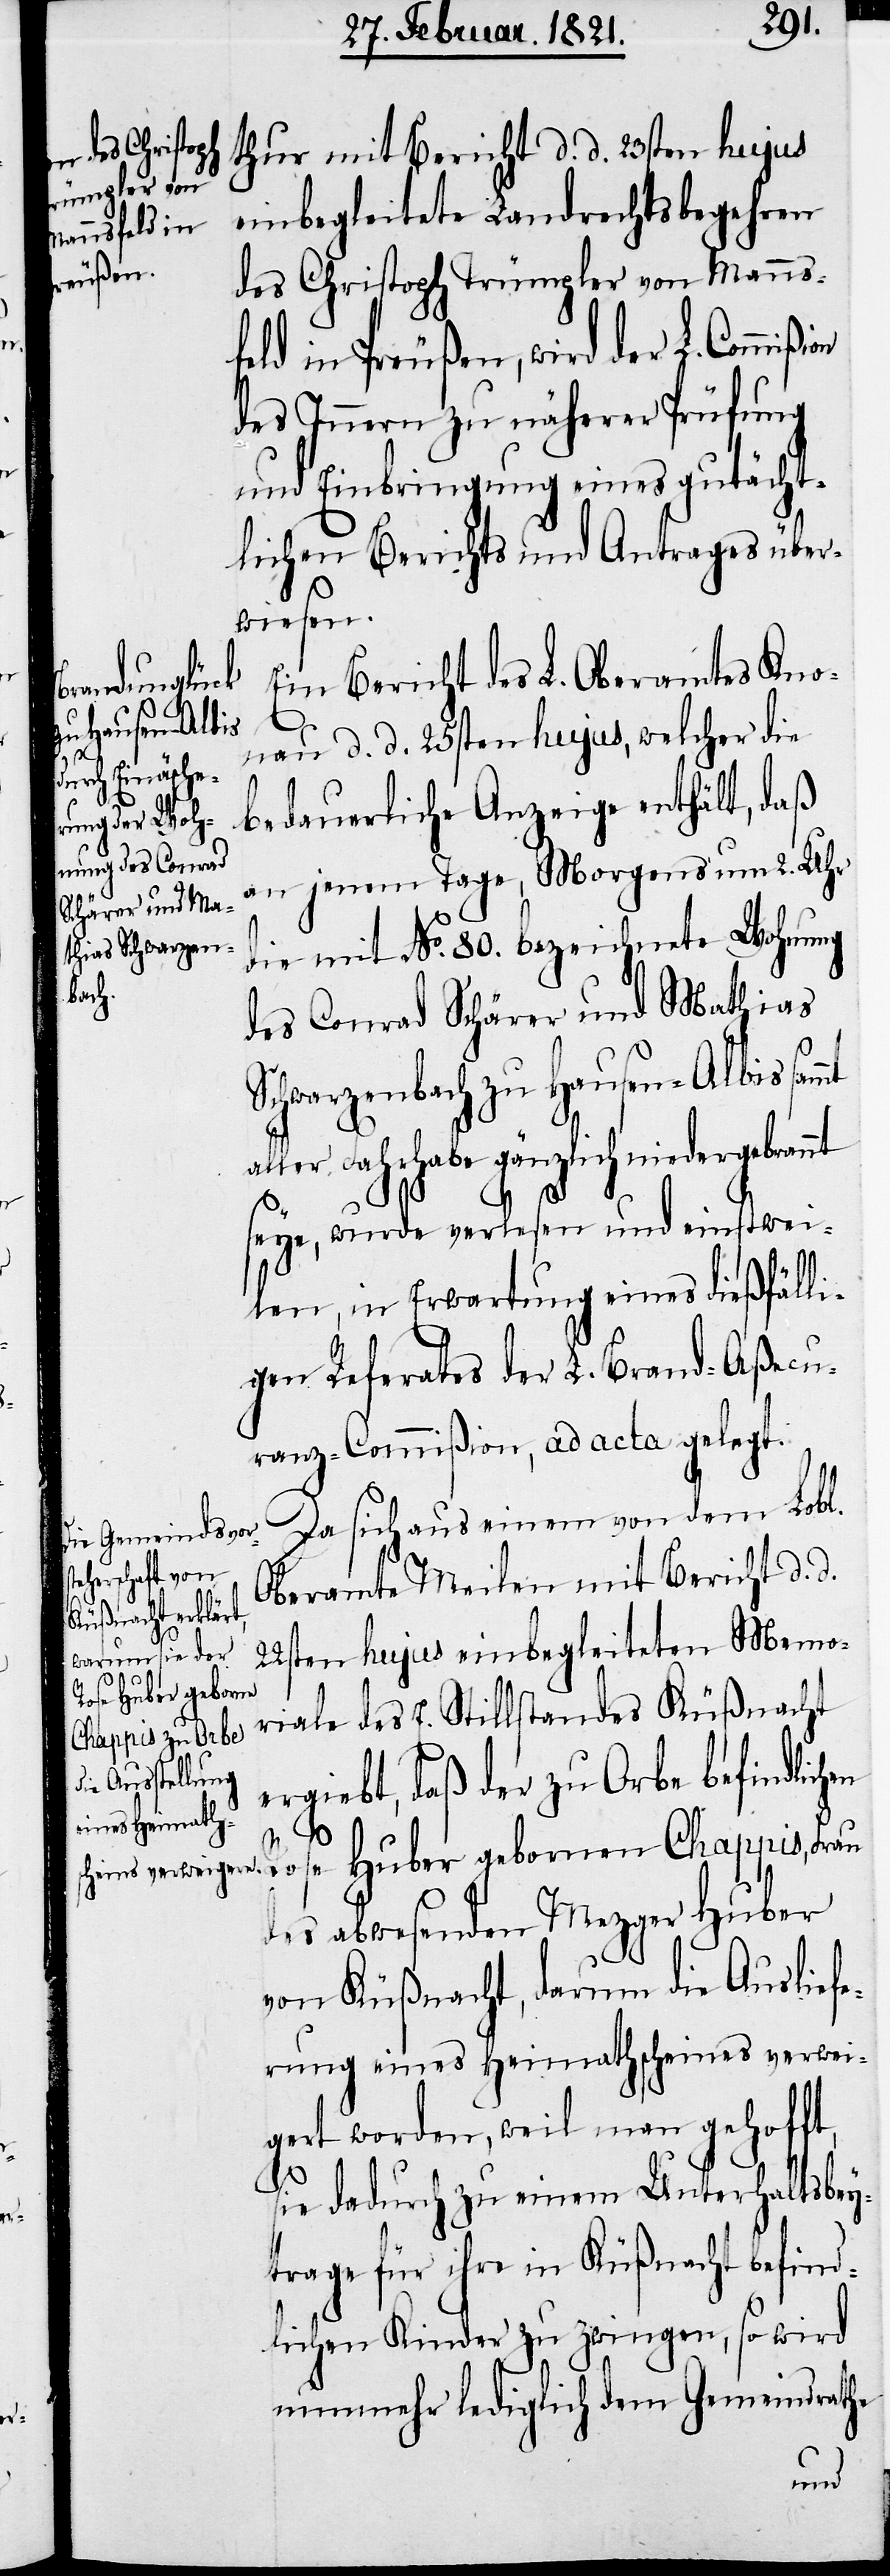
thur mit Bericht d. d. 23sten hujus
einbegleitete Landrechtsbegehren
mmißion
des Christoph Trümpler von Manns¬
feld in Preußen, wird der L. Co¬
des Innern zu näherer Prüfung
und Einbringung eines gutächt¬
lichen Berichts und Antrages über¬
wiesen.
Ein Bericht des L. Oberamtes Kno¬
nau d. d. 25ten hujus, welcher die
bedauerliche Anzeige enthält, daß
an jenem Tage, Morgens um 2. Uhr
die mit No. 80. bezeichnete Wohnung
des Conrad Schärer und Mathias
Schwarzenbach zu Hausen-Albis sammt
aller Fahrhabe gänzlich niedergebrannt
seye, wurde verlesen und einstwei¬
len, in Erwartung eines dießfälli¬
gen Referates der L. Brand-Aßecu¬
ranz-Commißion, ad acta gelegt.
Da sich aus einem von dem Lobl.
Oberamte Meilen mit Bericht d. d.
22ten hujus einbegleiteten Memo¬
riale des E. Stillstandes Küßnacht
ergiebt, daß der zu Orbe befindli¬
chen Rose Huber gebornen Chappis, Frau
des abwesenden Mezger Huber
von Küßnacht, darum die Ausliefe¬
rung eines Heimathscheines verwei¬
gert worden, weil man gehofft,
sie dadurch zu einem Unterhaltsbey¬
trage für ihre in Küßnacht befind¬
lichen Kinder zu zwingen, so wird
nunmehr lediglich dem Gemeindrathe